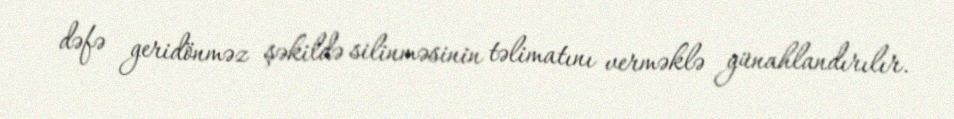
dəfə geridönməz şəkildə silinməsinin təlimatını verməklə günahlandırılır.